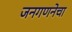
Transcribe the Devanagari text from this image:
जनगणनेचा